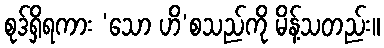
စုဒ်ရှိရကား ‘သော ဟိ’စသည်ကို မိန့်သတည်း။